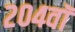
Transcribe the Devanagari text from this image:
२०४वॉ